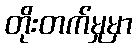
တိုးတက်မှုမှာ